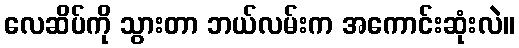
လေဆိပ်ကို သွားတာ ဘယ်လမ်းက အကောင်းဆုံးလဲ။